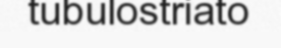
tubulostriato